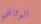
الوثائقي